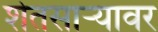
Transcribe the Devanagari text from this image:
शेतसाऱ्यावर